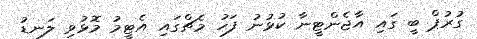
ގުރުޕް ބީ ގައި އާޖެންޓީނާ ކުޅުނު ފަހު މެޗްގައި އެޓީމު މޮޅުވި ލަނޑު